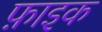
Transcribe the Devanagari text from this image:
फ़ाइक